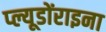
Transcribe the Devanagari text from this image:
प्ल्यूडोंराइना